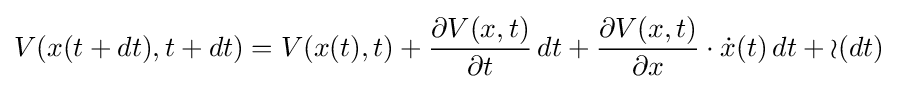
V(x(t+dt),t+dt)=V(x(t),t)+{\frac {\partial V(x,t)}{\partial t}}\,dt+{\frac {\partial V(x,t)}{\partial x}}\cdot {\dot {x}}(t)\,dt+{\mathcal {o}}(dt)